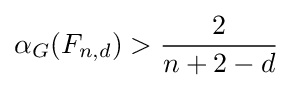
\alpha _{G}(F_{n,d})>{\frac {2}{n+2-d}}